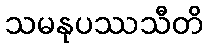
သမနုပဿသီတိ